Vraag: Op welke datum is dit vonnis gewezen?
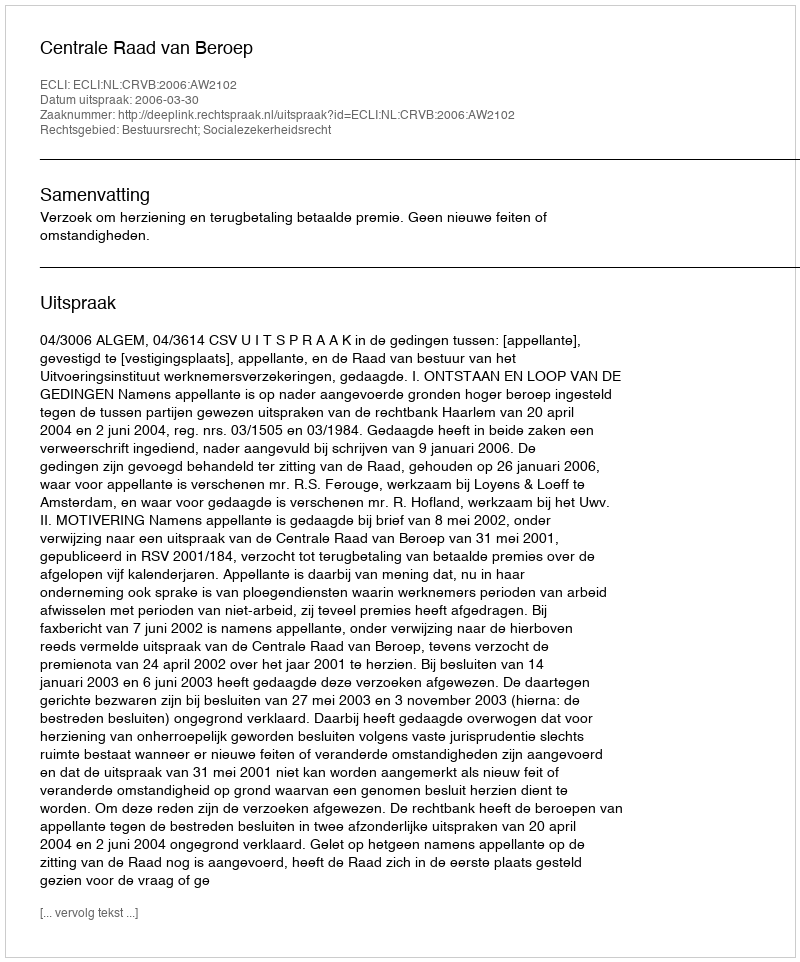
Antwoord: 2006-03-30